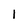
Character: 1